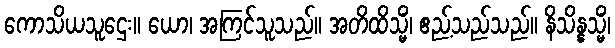
ကောသိယသူဌေး။ ယော၊ အကြင်သူသည်။ အတိထိသ္မိံ၊ ဧည့်သည်သည်။ နိသိန္နသ္မိံ၊